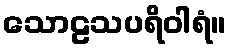
သောဠသပရိဝါရံ။